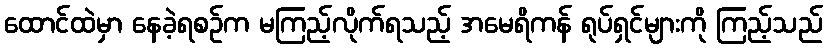
ထောင်ထဲမှာ နေခဲ့ရစဉ်က မကြည့်လိုက်ရသည့် အမေရိကန် ရုပ်ရှင်များကို ကြည့်သည်